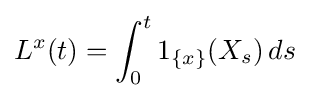
L^{x}(t)=\int _{0}^{t}1_{\{x\}}(X_{s})\,ds